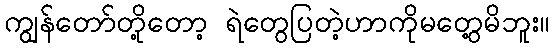
ကျွန်တော်တို့တော့ ရဲတွေပြတဲ့ဟာကိုမတွေ့မိဘူး။